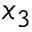
x _ { 3 }